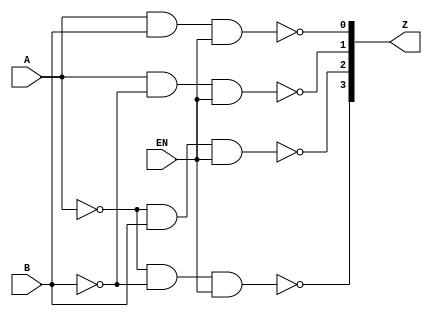
module Decoder2x4 (A, B, EN, Z);
input A, B, EN;
output [0 :3] Z;
wire Abar, Bbar;
assign #1 Abar = ~ A; 
assign #1 Bbar = ~ B; 
assign #2 Z[0] = ~ (Abar & Bbar & EN ) ; 
assign #2 Z[1] = ~ (Abar & B & EN) ; 
assign #2 Z[2] = ~ (A & Bbar & EN) ; 
assign #2 Z[3] = ~ ( A & B & EN) ; 
endmodule